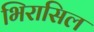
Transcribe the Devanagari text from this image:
भिरासिल